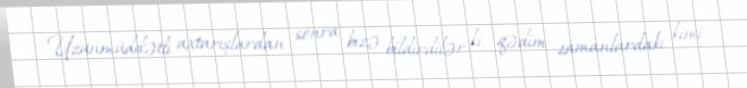
Uzunmüddətli axtarışlardan sonra bizə bildirdilər ki, qədim zamanlardakı kimi